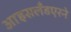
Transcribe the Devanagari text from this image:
आइसलँडएरने